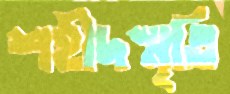
শহীদস্মৃতি